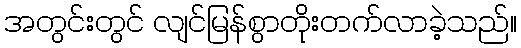
အတွင်းတွင် လျင်မြန်စွာတိုးတက်လာခဲ့သည်။